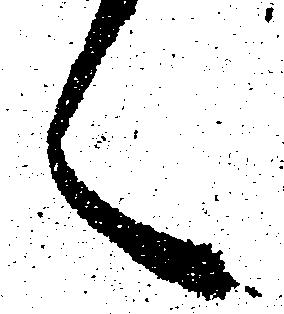
く